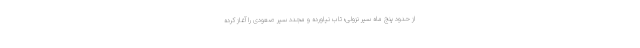
از حدود پنج ماه سیر نزولی؛ تاب نیاورده و مجدد سیر صعودی را آغاز کرده